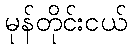
မုန်တိုင်းငယ်